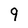
Character: 9